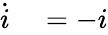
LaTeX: \begin{array}{rl}{\dot{i}}&{{}=-i}\end{array}